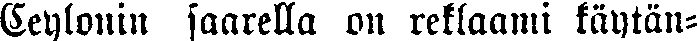
Ceylonin saarella on reklaami käytän-